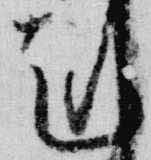
剋